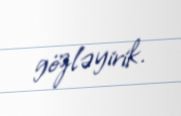
gözləyirik.